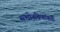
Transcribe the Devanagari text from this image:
सन्माेनचिन्हांबनी